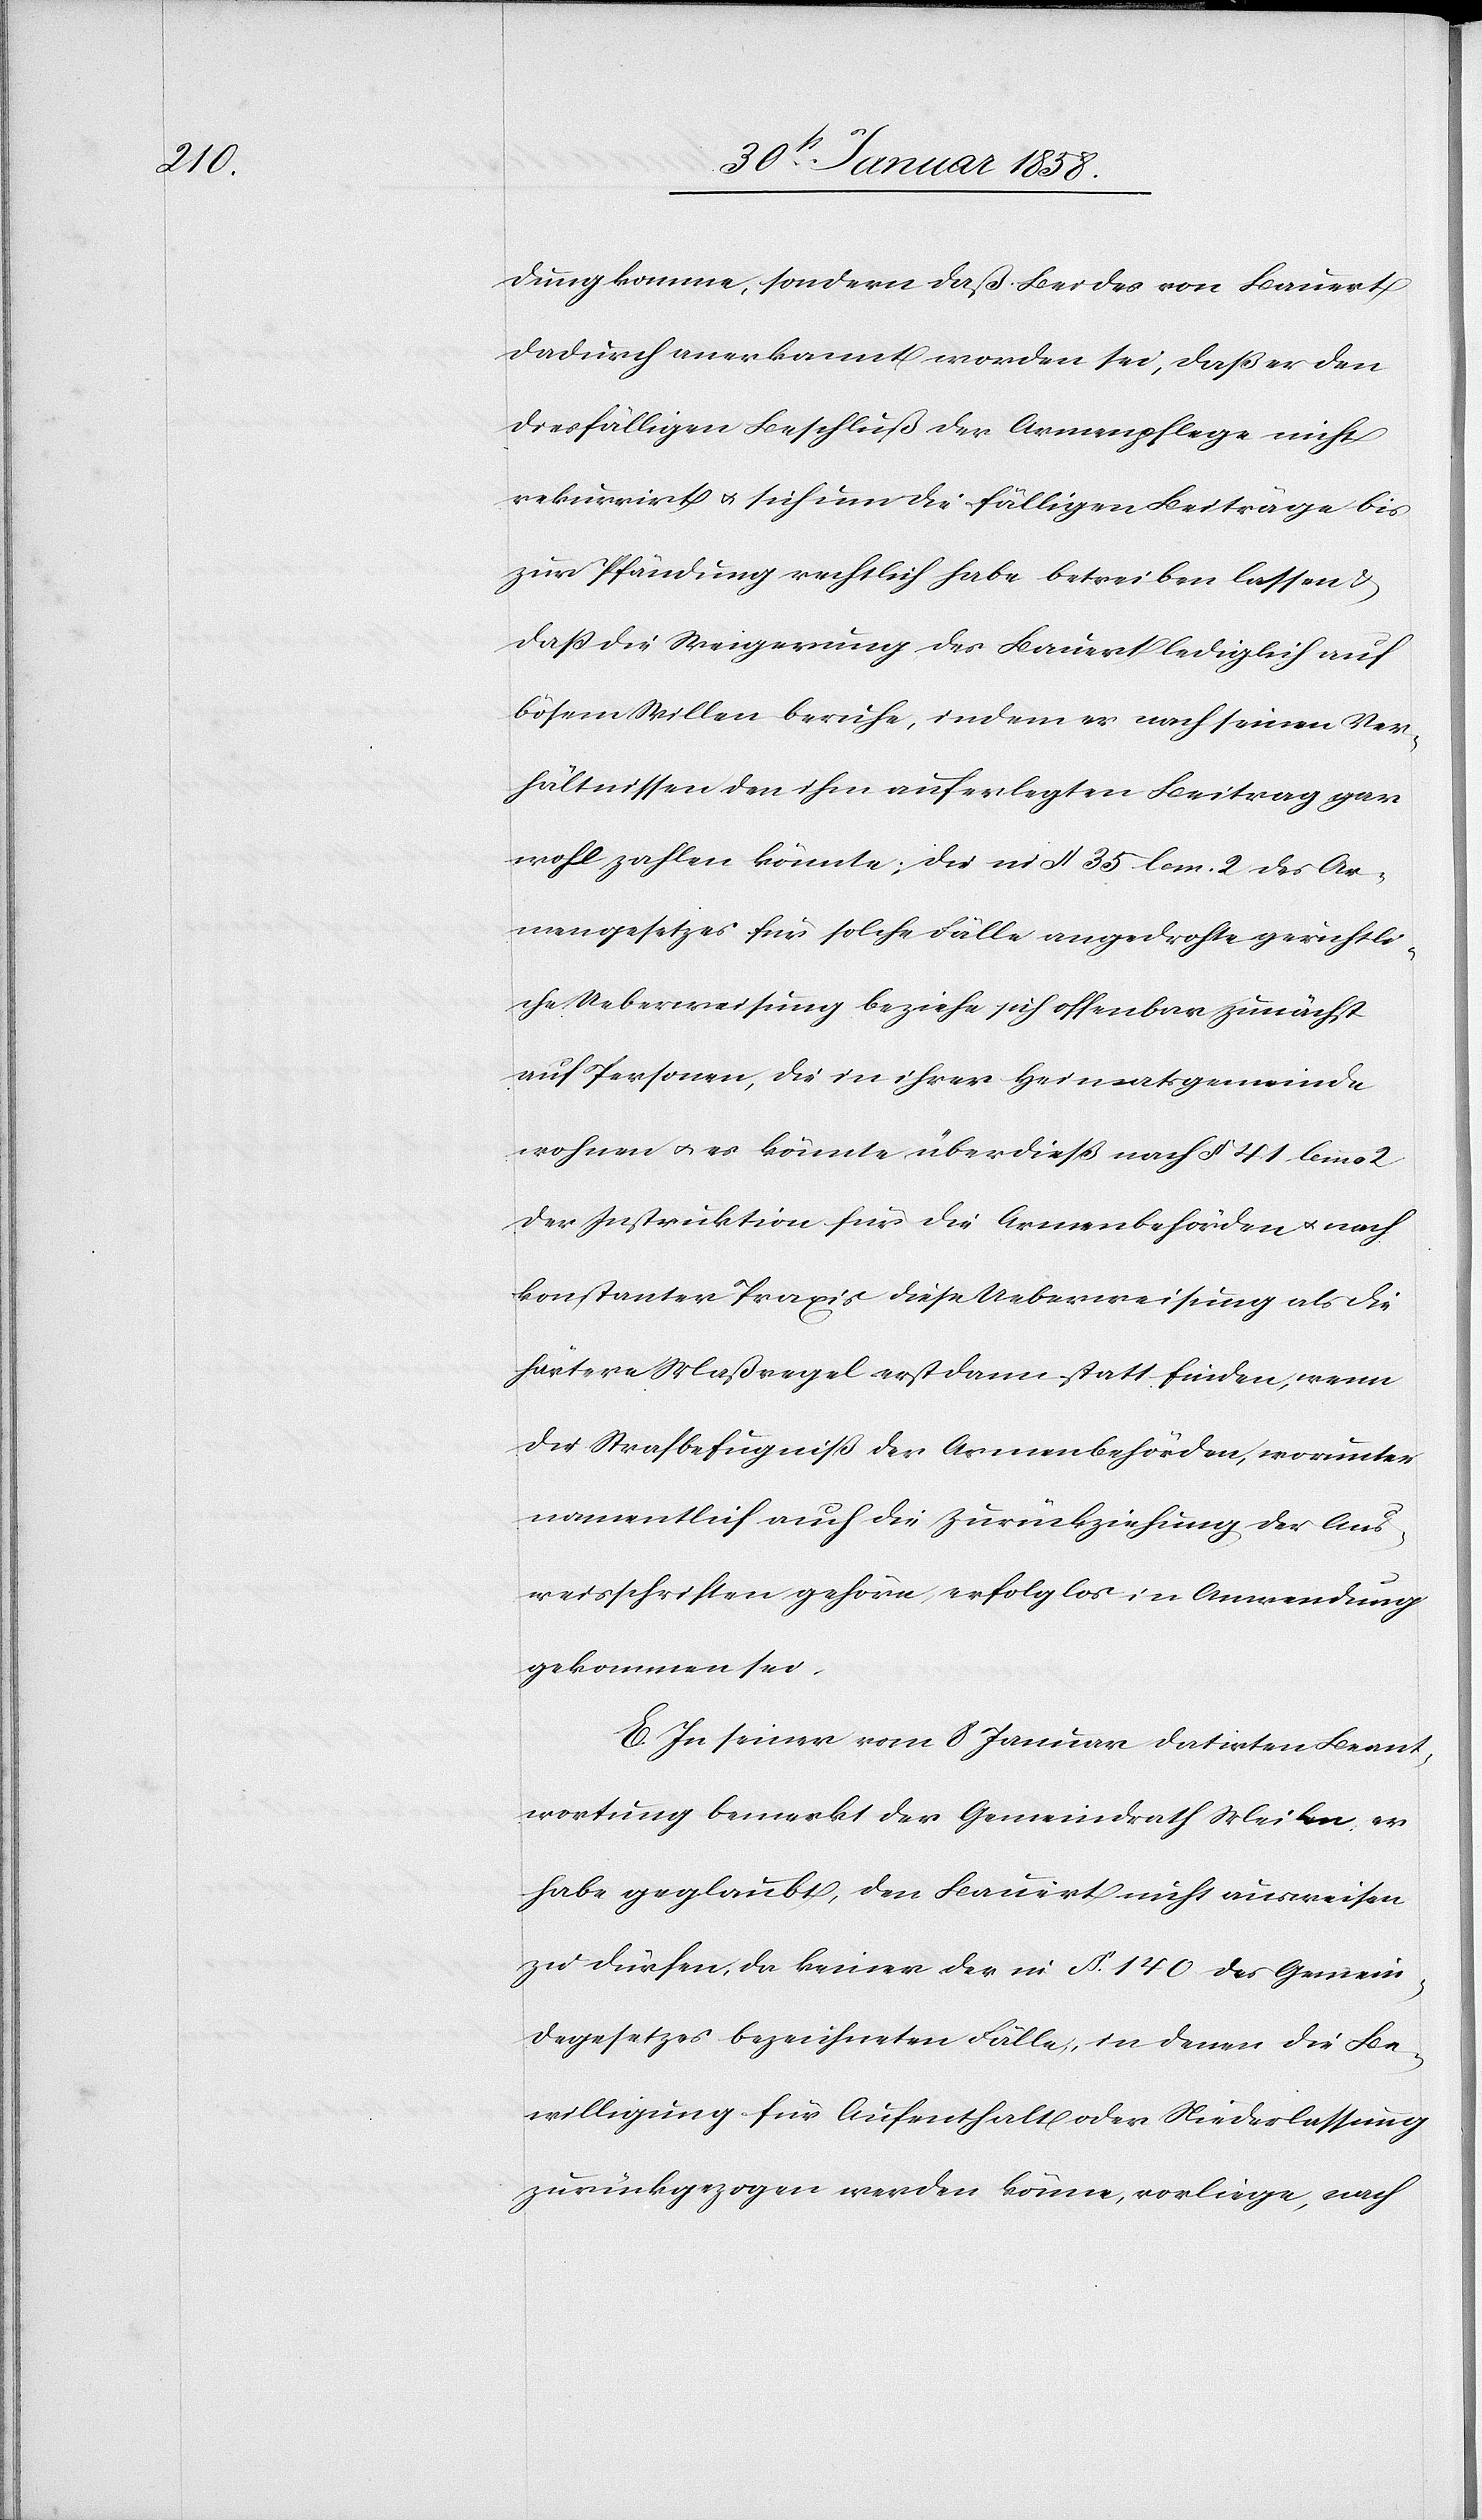
dung komme, sondern daß Beides von Bauert
dadurch anerkannt worden sei, daß er den
diesfälligen Beschluß der Armenpflege nicht
rekurrirt u. sich um die fälligen Beiträge bis
zur Pfändung rechtlich habe betreiben lassen &
daß die Weigerung des Bauert lediglich auf
bösem Willen beruhe, indem er nach seinen Ver¬
hältnissen den ihm auferlegten Beitrag gar
wohl zahlen könnte; die in § 35 lem. 2 des Ar¬
mengesetzes für solche Fälle angedrohte gerichtli¬
che Ueberweisung beziehe sich offenbar zunächst
auf Personen, die in ihrer Heimatsgemeinde
wohnen u. es könnte überdieß nach § 41 lem 2
der Instruktion für die Armenbehörden u. nach
konstanter Praxis diese Ueberweisung als die
härtere Maßregel erst dann statt finden, wenn
die Strafbefugniß der Armenbehörden, worunter
namentlich auch die Zurückziehung der Aus¬
weisschriften gehöre, erfolglos in Anwendung
gekommen sei.
E. In seiner vom 8 Januar datirten Beant¬
wortung bemerkt der Gemeindrath Meilen, er
habe geglaubt, den Bauert nicht ausweisen
zu dürfen, da keiner der in § 140 des Gemein¬
degesetzes bezeichneten Fälle, in denen die Be¬
willigung für Aufenthalt oder Niederlassung
zurückgezogen werden könne, vorliege, auch